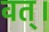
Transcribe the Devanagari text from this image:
वत्।